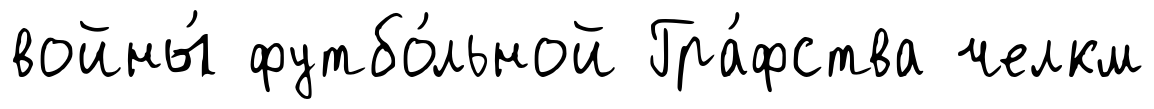
войны́ футбо́льной Гра́фства челкм